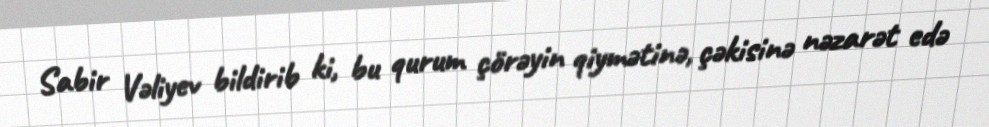
Sabir Vəliyev bildirib ki, bu qurum çörəyin qiymətinə, çəkisinə nəzarət edə